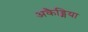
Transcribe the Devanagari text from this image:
अकैड्मिया